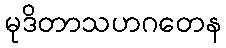
မုဒိတာသဟဂတေန